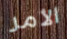
الأمر